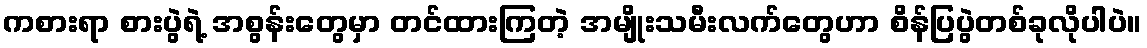
ကစားရာ စားပွဲရဲ့ အစွန်းတွေမှာ တင်ထားကြတဲ့ အမျိုးသမီးလက်တွေဟာ စိန်ပြပွဲတစ်ခုလိုပါပဲ။